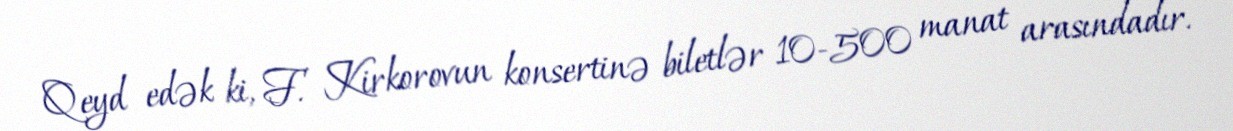
Qeyd edək ki, F. Kirkorovun konsertinə biletlər 10-500 manat arasındadır.